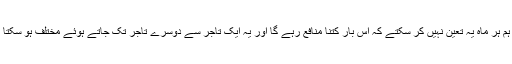
پس ہم ہر ماہ یہ تعین نہیں کر سکتے کہ اس بار کتنا منافع رہے گا اور یہ ایک تاجر سے دوسرے تاجر تک جاتے ہوئے مختلف ہو سکتا ہے۔